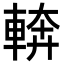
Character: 𮝔